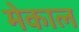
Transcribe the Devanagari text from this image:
मेकाल